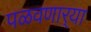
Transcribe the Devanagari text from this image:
पळवणार्‍या